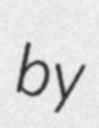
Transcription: by